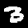
Digit: 3